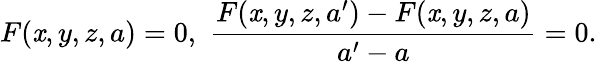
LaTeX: F(\mathit{x},y,z,a)=0,\, \, {\frac{{F(\mathit{x},y,z,a^{\prime})-F(\mathit{x},y,z,a)}}{{a^{\prime}-a}}}=0.